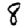
Digit: 8